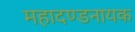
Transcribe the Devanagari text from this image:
महादण्डनायक